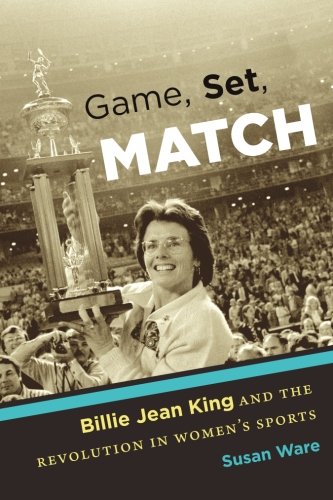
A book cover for Game, Set, Match: Billie Jean King and the Revolution in Women's Sports; Susan Ware; Sports & Outdoors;